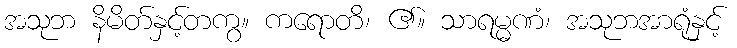
အသုဘ နိမိတ်နှင့်တကွ။ ကရောတိ၊ ၏။ သာရမ္မဏံ၊ အသုဘအာရုံနှင့်